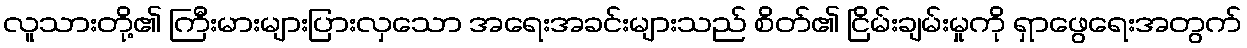
လူသားတို့၏ ကြီးမားများပြားလှသော အရေးအခင်းများသည် စိတ်၏ ငြိမ်းချမ်းမှုကို ရှာဖွေရေးအတွက်